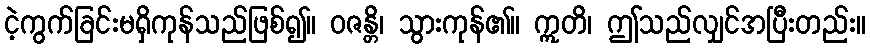
ငဲ့ကွက်ခြင်းမရှိကုန်သည်ဖြစ်၍။ ဝဇန္တိ၊ သွားကုန်၏။ ဣတိ၊ ဤသည်လျှင်အပြီးတည်း။